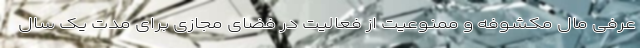
عرفی مال مکشوفه و ممنوعیت از فعالیت در فضای مجازی برای مدت یک سال